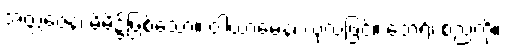
အတ္တဇေန၊ မိမိ၌ဖြစ်သော။ ဝါယာမေန၊ လုံ့လဖြင့်။ ဘေရိံ၊ စည်ကို။